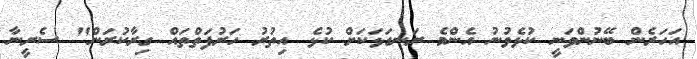
އަހަރެން ބޭނުންވަނީ ކުޅެވުނު އެންމެ ރަނގަޅަކަށް ކުޅެ އިތުރު ހަރުފަތްތައް ގިރާކުރަން" ސެރީނާ